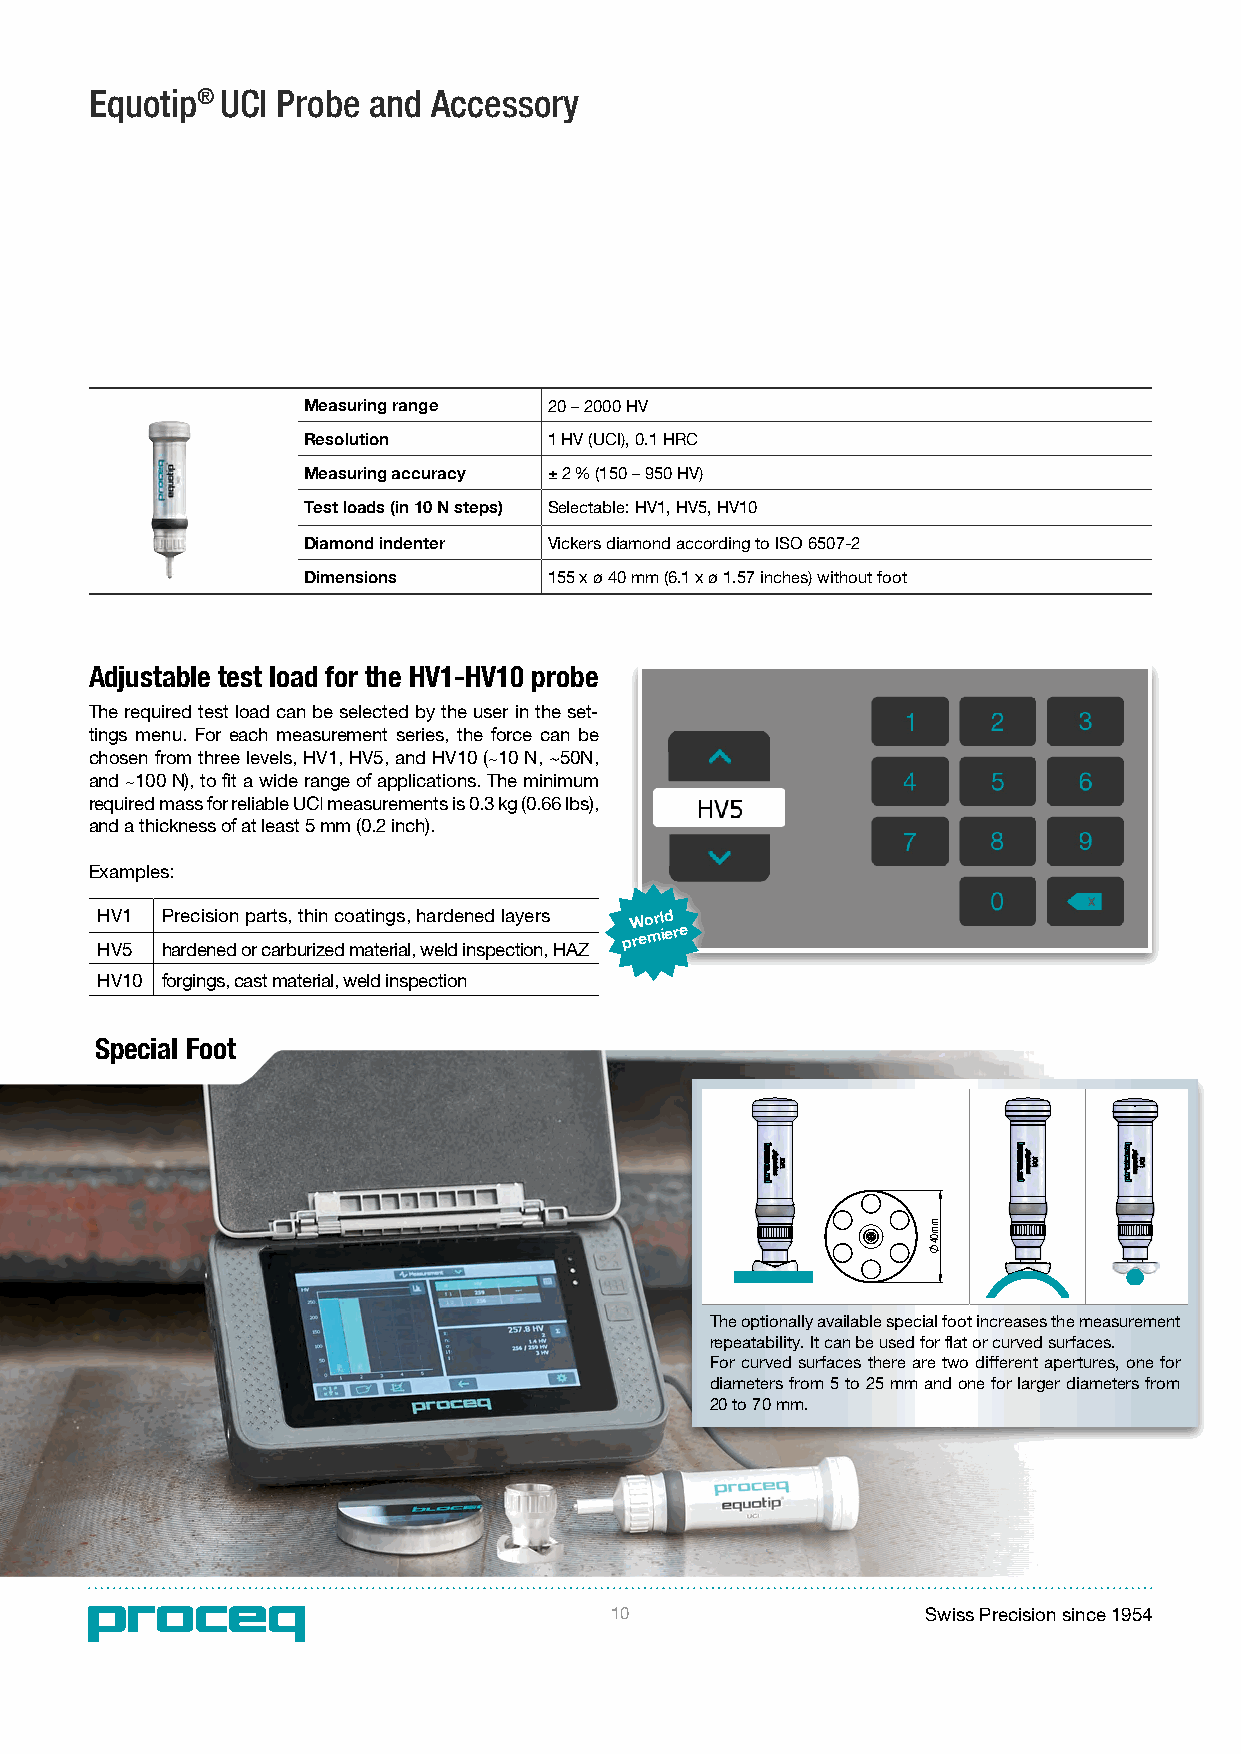
Equotip® UCI Probe and Accessory
 Measuring range 20 – 2000 HV
 Resolution      1 HV (UCI), 0.1 HRC
 Measuring accuracy ± 2 % (150 – 950 HV)
 Test loads (in 10 N steps) Selectable: HV1, HV5, HV10
 Diamond indenter Vickers diamond according to ISO 6507-2
 Dimensions      155 x ø 40 mm (6.1 x ø 1.57 inches) without foot
 Adjustable test load for the HV1-HV10 probe
 The required test load can be selected by the user in the set-
 tings menu. For each measurement series, the force can be
 chosen from three levels, HV1, HV5, and HV10 (~10 N, ~50N,
 and ~100 N), to fit a wide range of applications. The minimum
 required mass for reliable UCI measurements is 0.3 kg (0.66 lbs),
 and a thickness of at least 5 mm (0.2 inch).
 Examples:
 HV1  Precision parts, thin coatings, hardened layers World
 HV5  hardened or carburized material, weld inspection, HAZ
 premiere
 HV10 forgings, cast material, weld inspection
 Special Foot
 The optionally available special foot increases the measurement
 repeatability. It can be used for flat or curved surfaces.
 For curved surfaces there are two different apertures, one for
 diameters from 5 to 25 mm and one for larger diameters from
 20 to 70 mm.
 10                   Swiss Precision since 1954
 mm04